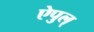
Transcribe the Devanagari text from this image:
ऐपुल्‌